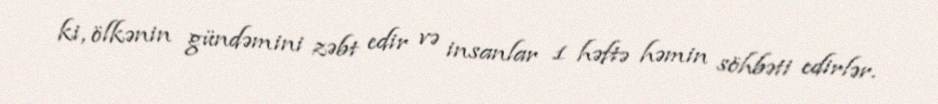
ki, ölkənin gündəmini zəbt edir və insanlar 1 həftə həmin söhbəti edirlər.